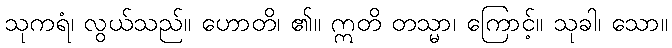
သုကရံ၊ လွယ်သည်။ ဟောတိ၊ ၏။ ဣတိ တသ္မာ၊ ကြောင့်။ သုခါ၊ သော။